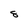
Character: 8